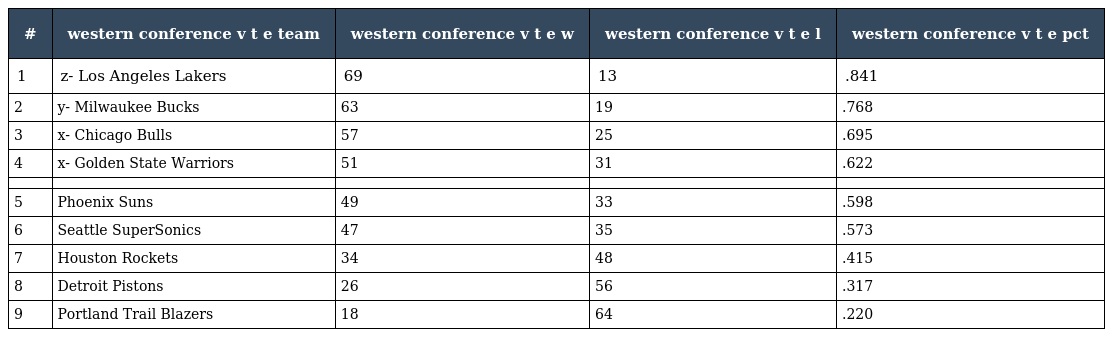
| # | western conference v t e team | western conference v t e w | western conference v t e l | western conference v t e pct |
 | --- | --- | --- | --- | --- |
 | 1 | z- Los Angeles Lakers | 69 | 13 | .841 |
 | 2 | y- Milwaukee Bucks | 63 | 19 | .768 |
 | 3 | x- Chicago Bulls | 57 | 25 | .695 |
 | 4 | x- Golden State Warriors | 51 | 31 | .622 |
 |  |  |  |  |  |
 | 5 | Phoenix Suns | 49 | 33 | .598 |
 | 6 | Seattle SuperSonics | 47 | 35 | .573 |
 | 7 | Houston Rockets | 34 | 48 | .415 |
 | 8 | Detroit Pistons | 26 | 56 | .317 |
 | 9 | Portland Trail Blazers | 18 | 64 | .220 |